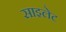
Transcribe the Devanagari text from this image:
साइलेट